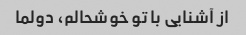
از آشنایی با تو خوشحالم، دولما